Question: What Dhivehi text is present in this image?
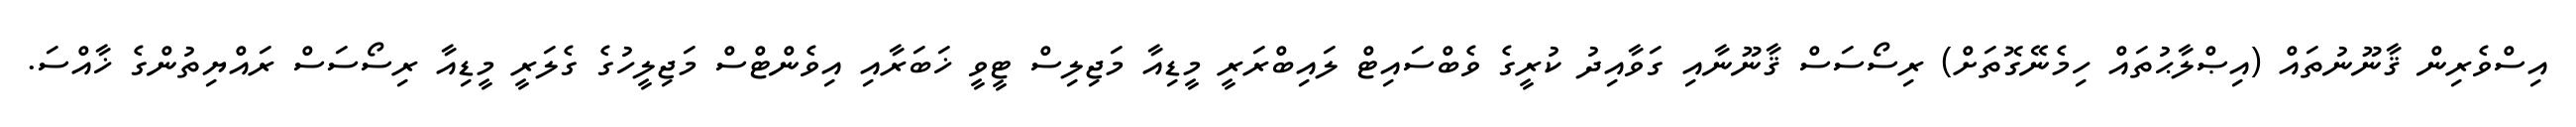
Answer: އިސްވެރިން ޤާނޫނުތައް (އިޞްލާޙުތައް ހިމެނޭގޮތަށް) ރިސޯސަސް ޤާނޫނާއި ގަވާއިދު ކުރީގެ ވެބްސައިޓް ލައިބްރަރީ މީޑިއާ މަޖިލިސް ޓީވީ ޚަބަރާއި އިވެންޓްސް މަޖިލީހުގެ ގެލަރީ މީޑިއާ ރިސޯސަސް ރައްޔިތުންގެ ޚާއްސަ.